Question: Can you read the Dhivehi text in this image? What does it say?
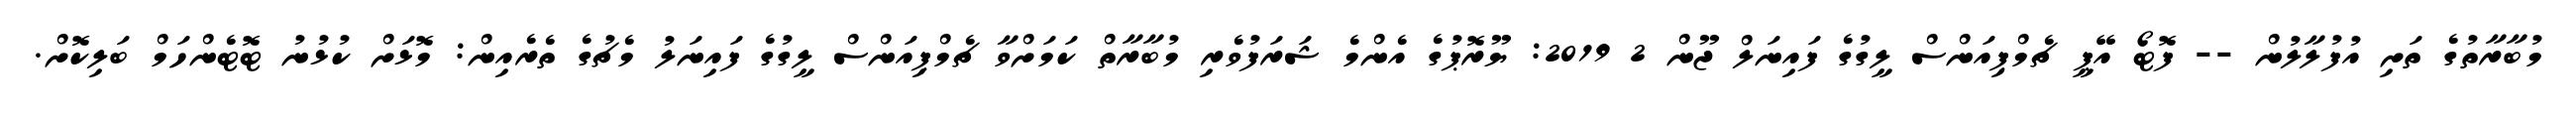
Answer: މުބާރާތުގެ ތަށި އުފުލާލުން -- ފޮޓޯ އޭޕީ ޗެމްޕިއަންސް ލީގުގެ ފައިނަލް ޖޫން 2 2019: ޔޫރޮޕުގެ އެންމެ ޝަރަފުވެރި މުބާރާތް ކަމަށްވާ ޗެމްޕިއަންސް ލީގުގެ ފައިނަލު މެޗުގެ ތެރެއިން: މޮޅަށް ކުޅުނު ޓޮޓެންހަމް ބަލިކޮށް.